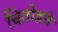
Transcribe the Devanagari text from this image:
चितोडचे